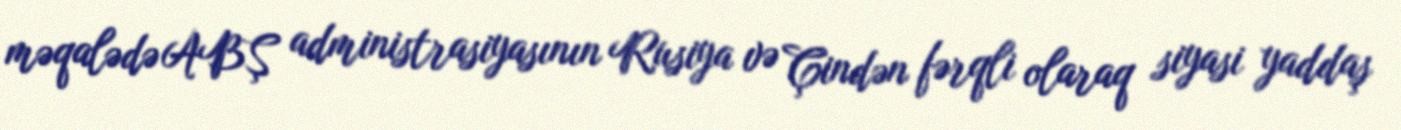
məqalədə ABŞ administrasiyasının Rusiya və Çindən fərqli olaraq siyasi yaddaş